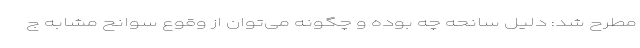
مطرح شد: دلیل سانحه چه بوده و چگونه می‌توان از وقوع سوانح مشابه ج